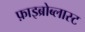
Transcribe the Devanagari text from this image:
फ़ाइब्रोब्लास्ट